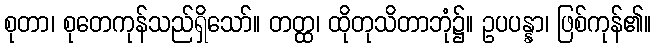
စုတာ၊ စုတေကုန်သည်ရှိသော်။ တတ္ထ၊ ထိုတုသိတာဘုံ၌။ ဥပပန္နာ၊ ဖြစ်ကုန်၏။